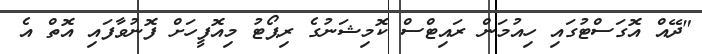
"ދޭއް އޮގަސްޓުގައި ހިއުމަން ރައިޓްސް ކޮމިޝަނުގެ ރިޕޯޓު މިއޮފީހަށް ފޮނުވާފައި އޮތް އެ